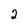
Character: 2